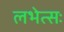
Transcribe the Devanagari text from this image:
लभेत्सः